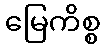
မြေကိစ္စ